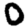
Digit: 0